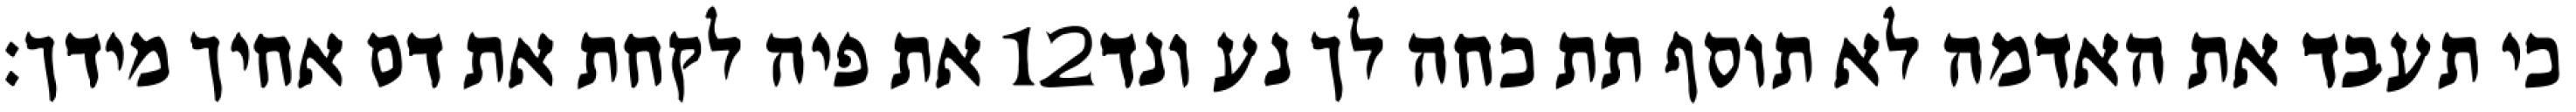
את פיה לקחת את דם אחיך מידך׃ ‎12‏ כי תעבד את האדמה לא תוסף תת כחה לך נע ונד